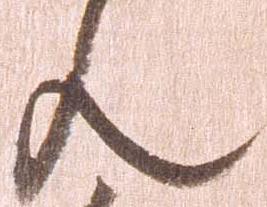
ん